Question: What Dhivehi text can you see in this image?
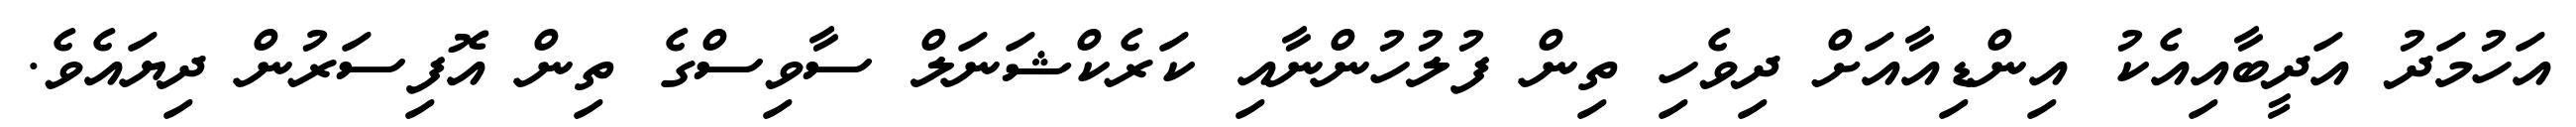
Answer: އަހުމަދު އަދީބާއިއެކު އިންޑިއާއަށް ދިވެހި ތިން ފުލުހުންނާއި ކަރެކްޝަނަލް ސާވިސްގެ ތިން އޮފިސަރުން ދިޔައެވެ.